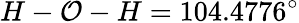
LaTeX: H-\mathcal{O}-H=104.4776^{\circ}